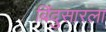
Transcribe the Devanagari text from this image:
बिंदुसारला